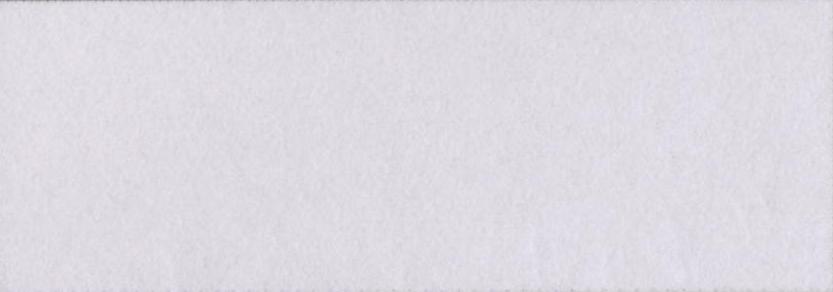
पुरातत्व